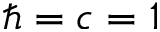
\hbar = c = 1